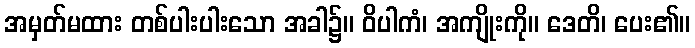
အမှတ်မထား တစ်ပါးပါးသော အခါ၌။ ဝိပါကံ၊ အကျိုးကို။ ဒေတိ၊ ပေး၏။